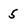
Character: 5